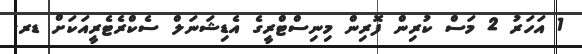
1 އަހަރު 2 މަސް ކުރިން ފޮރިން މިނިސްޓްރީގެ އެޑިޝަނަލް ސެކްރެޓެރީއަކަށް ޑރ.